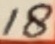
Text: 18